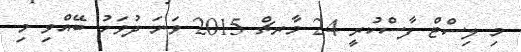
މި ލިސްޓް ފާސްކުރީ 24 މާރޗް 2015 ވަނަ ދުވަހު ބޭއްވި މި